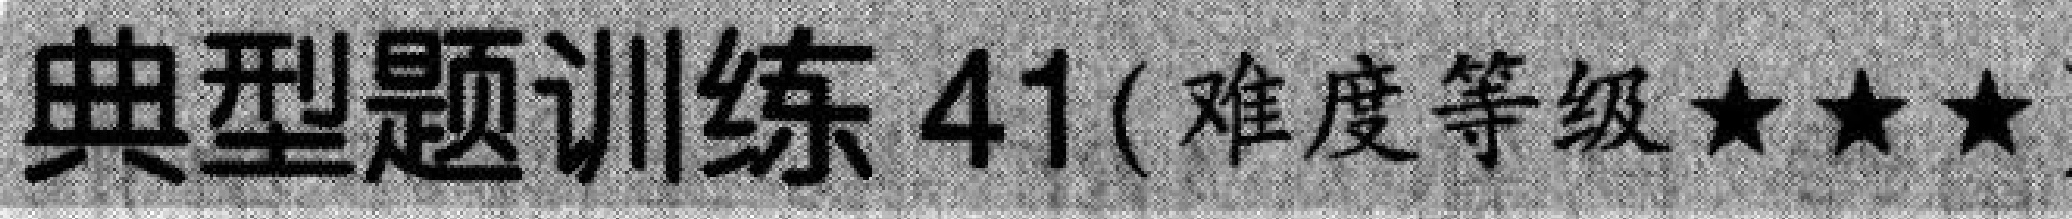
典型题训练 41 ( 难度等级$\star\star\star$)